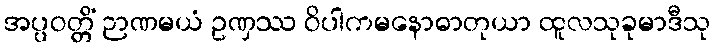
အပ္ပဝတ္တိံ ဉာဏမယံ ဥဏှဿ ဝိပါကမနောဓာတုယာ ထူလသုခုမာဒီသု